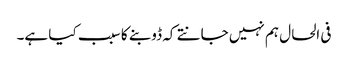
فی الحال ہم نہیں جانتے کہ ڈوبنے کا سبب کیا ہے۔